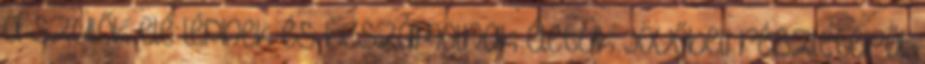
a szülők elé lépnek és beszámolnak életük jövőbeli részleteiről.